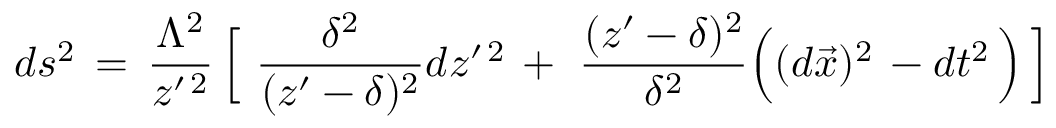
d s ^ { 2 } \, = \, { \frac { \Lambda ^ { 2 } } { z ^ { \prime \, 2 } } } \, \Big \lbrack \, \, { \frac { \delta ^ { 2 } } { ( z ^ { \prime } - \delta ) ^ { 2 } } } d z ^ { \prime \, 2 } \, + \, \, { \frac { ( z ^ { \prime } - \delta ) ^ { 2 } } { \delta ^ { 2 } } } \Big ( ( d \vec { x } ) ^ { 2 } \, - d t ^ { 2 } \, \Big ) \, \Big \rbrack